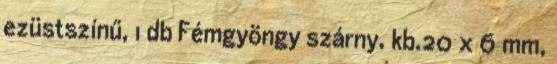
ezüstszínű, 1 db Fémgyöngy szárny, kb.20 x 6 mm,